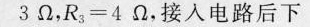
3 Ω$$，$$R 3 = 4 Ω$$，接入电路后下